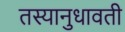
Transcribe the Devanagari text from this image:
तस्यानुधावती